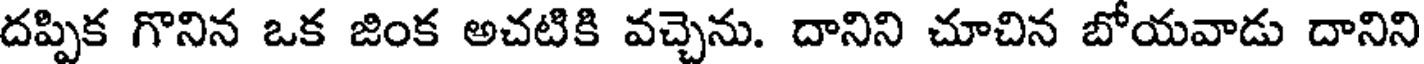
దప్పిక గొనిన ఒక జింక అచటికి వచ్చెను. దానిని చూచిన బోయవాడు దానిని